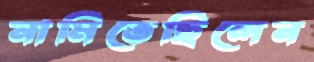
নামিতেছিলেন